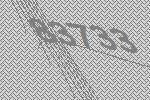
83733